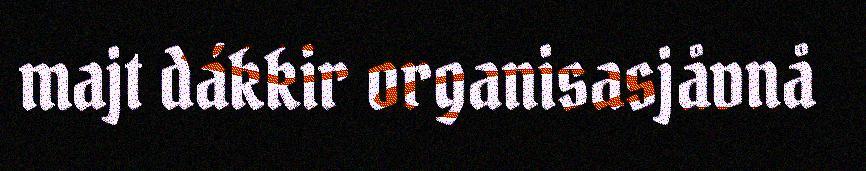
majt dákkir organisasjåvnå